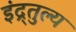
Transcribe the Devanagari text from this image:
इंद्र्तुल्य